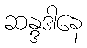
ဆန္ဒဒါနေ